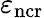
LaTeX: \varepsilon_{\mathrm{n{cr}}}